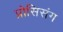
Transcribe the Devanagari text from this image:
प्रोसिसंग